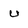
Character: u